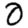
Digit: 0